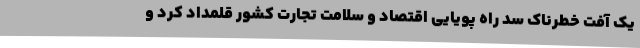
یک آفت خطرناک سد راه پویایی اقتصاد و سلامت تجارت کشور قلمداد کرد و